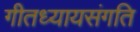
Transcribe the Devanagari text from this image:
गीतध्यायसंगति